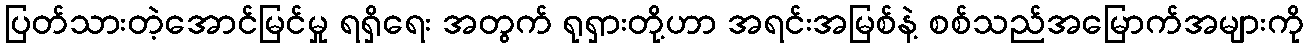
ပြတ်သားတဲ့အောင်မြင်မှု ရရှိရေး အတွက် ရုရှားတို့ဟာ အရင်းအမြစ်နဲ့ စစ်သည်အမြောက်အများကို